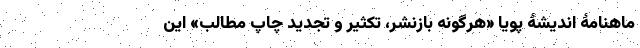
ماهنامۀ اندیشۀ پویا «هر‌گونه بازنشر، تکثیر و تجدید چاپ مطالب» این